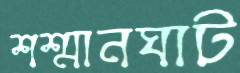
শশ্মানঘাট